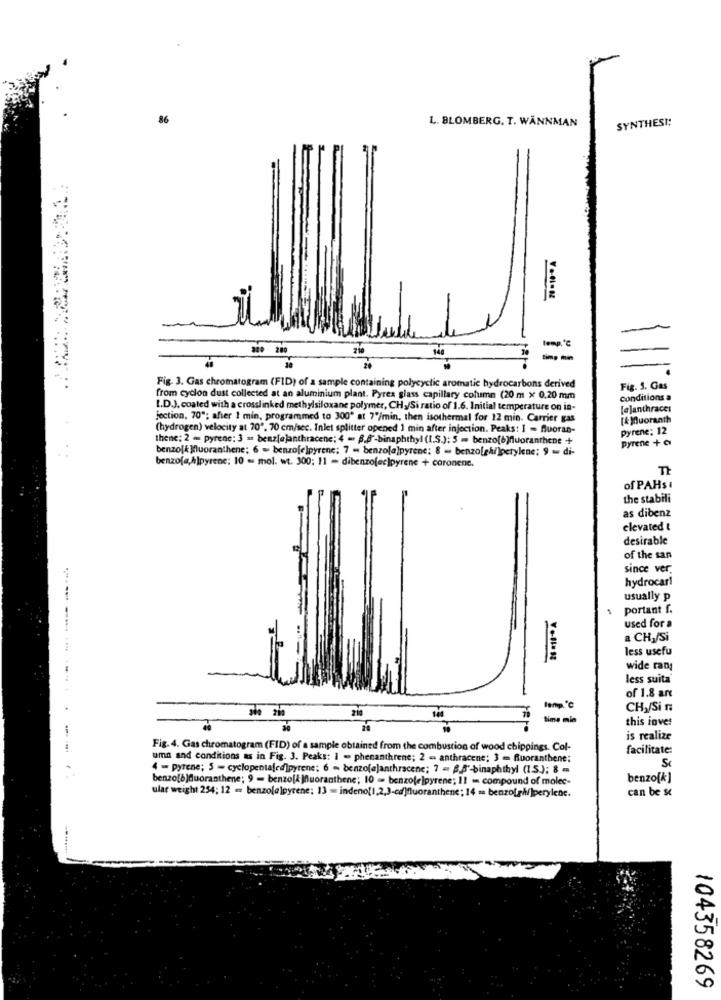
86
SYNTHES !!
L. BLOMBERG. T. WANNMAN
a00 200
140
temp,'℃
--
20
Fig. 3. Gas chromatogram (FID) of a sample containing polycyclic aromatic hydrocarbons derived
Fig. 5. Gas
from cyclon dust collected at an aluminium plant. Pyrex glass capillary column (20 m x 0.20 mm
conditions a
I.D.J, coated with a crosslinked methylsiloxane polymer, CH,/Si ratio of 1.6. Initial temperature on in-
[@]anthraces
jection, 70"; after 1 min, programmed to 300" at 7"/min, then isothermal for 12 min. Carrier gas
[4)uoranth
(hydrogen) velocity at 70", 70 cm/sec. Inlet splitter opened 1 min after injection. Peaks: I - fluoran-
Pyrene: 12
thene; 2 - pyrene; 3 = benz[e]anthracene; 4 - B.8'-binaphthyl (I.S.): 5 - benzo(b)fluoranthene +
Pyrene + C
benzolk Muoranthene; 6 = benzo[e]pyrene; 7 = benzo[a]pyrene: 8 = benzo[gh/)perylene; 9 = di-
benzofe,A]pyrene; 10 = mol. wt. 300; 11 - dibenzofec]pyrene + coronene.
T
of PAHs .
the stabili
as dibenz
elevated t
desirable
of the san
since ver
hydrocar!
usually p
portant f.
used for a
a CHI/Si
less usefu
wide rang
less suita
-
of 1.8 ant
210
temp '℃
CH,/Si n
time min
this inves
is realize
---
Fig. 4. Gas chromatogram (FID) of a sample obtained from the combustion of wood chippings. Col-
facilitate:
uma and conditions as in Fig. 3. Peaks: 1 - phenanthrene; 2 = anthracene; 3 - Ruoranthene;
S
4 - pyrene; 5 - cyclopentajed]pyrene; 6 - benzofajanthracenc; 7 = B.5'-binaphthyl (1S.); 8 =
benzo[b]duorasthene; 9 - benzo[& Muoranthene; 10 - benzofelpyrene; 11 == compound of molec-
benzo[k]
ular weight 254; 12 = benzola]pyrene: 13 = indenof1,2,3-cd)fluoranthene; 14 = benzo[gh/]perylene.
can be sc
104358269